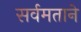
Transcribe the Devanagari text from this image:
सर्वमताने